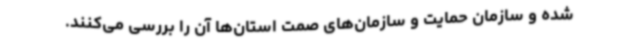
شده و سازمان حمایت و سازمان‌های صمت استان‌ها آن را بررسی می‌کنند.